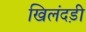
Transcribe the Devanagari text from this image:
खिलंदड़ी